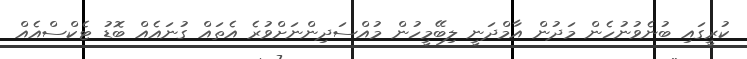
ކުރީގައި ބުނެވުނުހެން މަދުން އާމްދަނީ ލިބޭމީހުން މުއްސަދިންނަށްވުރެ އެތައް ގުނައެއް ބޮޑު ޓެކްސްއެއް